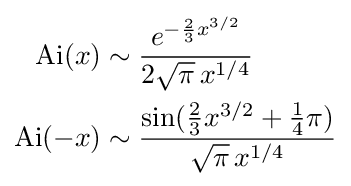
{\begin{aligned}\mathrm {Ai} (x)&{}\sim {\frac {e^{-{\frac {2}{3}}x^{3/2}}}{2{\sqrt {\pi }}\,x^{1/4}}}\\\mathrm {Ai} (-x)&{}\sim {\frac {\sin({\frac {2}{3}}x^{3/2}+{\frac {1}{4}}\pi )}{{\sqrt {\pi }}\,x^{1/4}}}\\\end{aligned}}